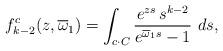
LaTeX: \begin{align*}f^c_{k-2}(z, \overline\omega_1)=\int_{c\cdot C} \frac{e^{zs}\,s^{k-2}}{e^{\overline\omega_1 s}-1} \ ds,\end{align*}